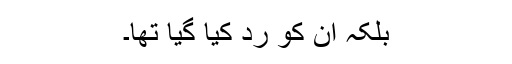
بلکہ اُن کو ردّ کیا گیا تھا۔